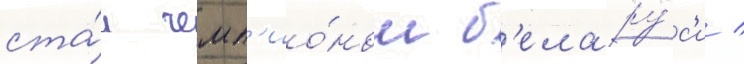
ста́л чемп'ио́ном б'елару́с'и /